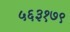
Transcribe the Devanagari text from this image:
५६३१७९